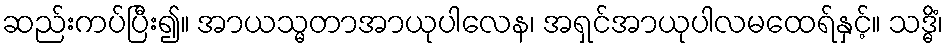
ဆည်းကပ်ပြီး၍။ အာယသ္မတာအာယုပါလေန၊ အရှင်အာယုပါလမထေရ်နှင့်။ သဒ္ဓိံ၊